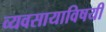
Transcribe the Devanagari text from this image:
व्यवसायाविषयी